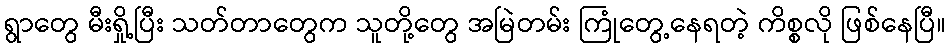
ရွာတွေ မီးရှို့ပြီး သတ်တာတွေက သူတို့တွေ အမြဲတမ်း ကြုံတွေ့နေရတဲ့ ကိစ္စလို ဖြစ်နေပြီ။